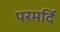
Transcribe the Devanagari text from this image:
परमर्दि